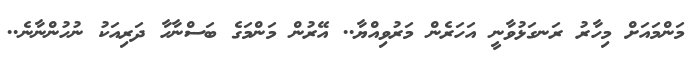
މަންމައަށް މިހާރު ރަނގަޅުވާނީ އަހަރެން މަރުވިއްޔާ.. އޭރުން މަންމަގެ ބަސްނާހާ ދަރިއަކު ނުހުންނާނެ..